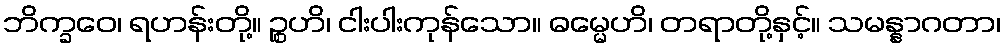
ဘိက္ခဝေ၊ ရဟန်းတို့။ ဉ္စဟိ၊ ငါးပါးကုန်သော။ ဓမ္မေဟိ၊ တရာတို့နှင့်။ သမန္နာဂတာ၊